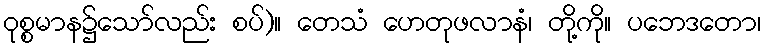
ဝုစ္စမာန၌သော်လည်း စပ်)။ တေသံ ဟေတုဖလာနံ၊ တို့ကို။ ပဘေဒတော၊